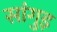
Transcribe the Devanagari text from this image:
सांगुइ